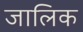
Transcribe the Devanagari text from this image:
जालिक